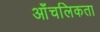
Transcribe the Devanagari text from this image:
आँचलिकता